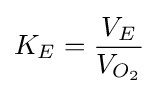
K_{E}={\frac {V_{E}}{V_{O_{2}}}}